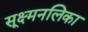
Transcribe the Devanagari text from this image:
सूक्ष्मनलिका